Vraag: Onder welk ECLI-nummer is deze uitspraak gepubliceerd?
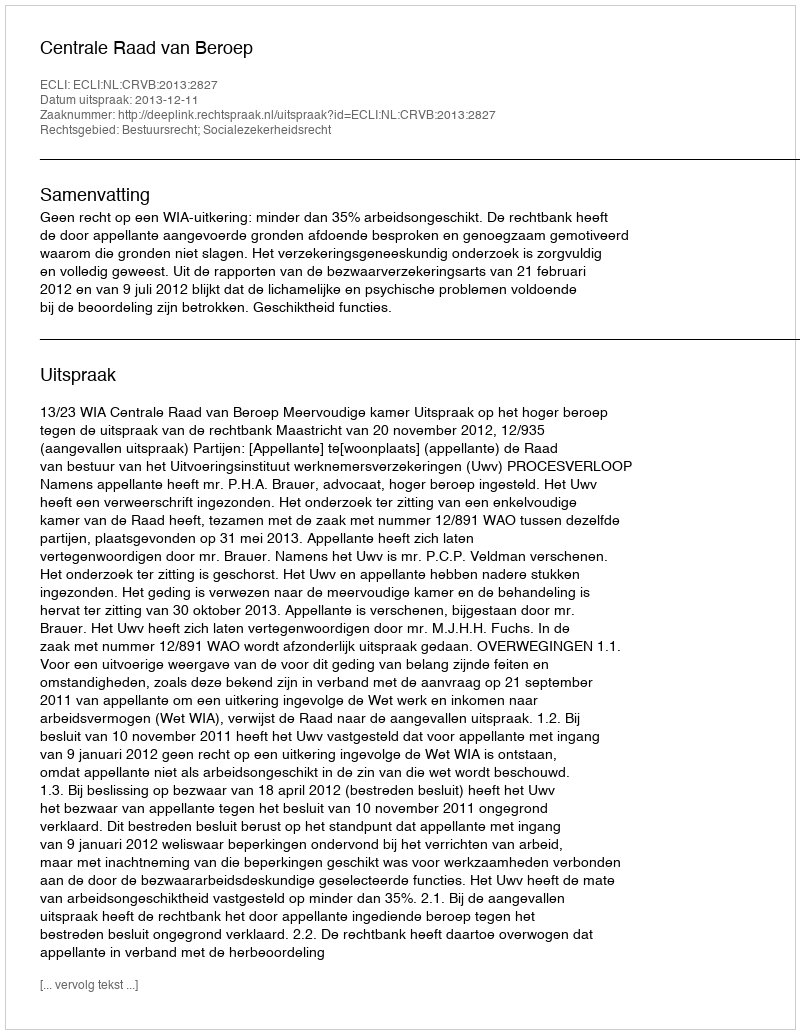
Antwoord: ECLI:NL:CRVB:2013:2827